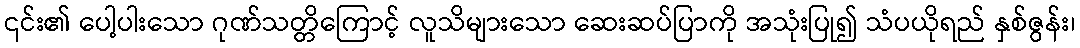
၎င်း၏ ပေါ့ပါးသော ဂုဏ်သတ္တိကြောင့် လူသိများသော ဆေးဆပ်ပြာကို အသုံးပြု၍ သံပယိုရည် နှစ်ဇွန်း၊